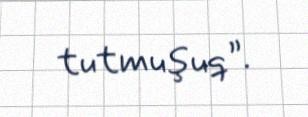
tutmuşuq”.